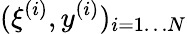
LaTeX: (\xi^{(i)},y^{(i)})_{i=1\dots N}